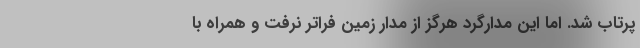
پرتاب شد. اما این مدارگرد هرگز از مدار زمین فراتر نرفت و همراه با